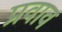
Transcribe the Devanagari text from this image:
प्रवाव